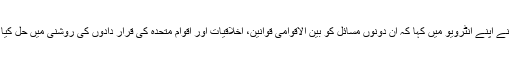
ملیحہ لودھی نے اپنے انٹرویو میں کہا کہ ان دونوں مسائل کو بین الاقوامی قوانین، اخلاقیات اور اقوام متحدہ کی قرار دادوں کی روشنی میں حل کیا جانا چاہیے۔